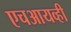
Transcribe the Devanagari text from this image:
एचआयव्ही